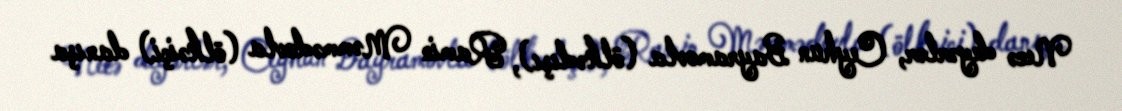
Necə deyərlər, Ceyhun Bayramovla (ölkədışı), Ramin Məmmədovla (ölkəiçi) danışa